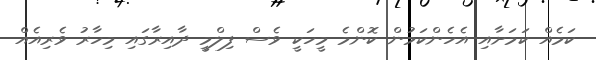
ކަމެއް ކަމަށާއި އެހެންކަމުން ކޮންމެ މީހަކީ ވެސް ފިލްމީ ދާއިރާގައި މިހާރު ވެރިއެއް